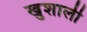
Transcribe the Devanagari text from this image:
खुशाली